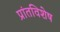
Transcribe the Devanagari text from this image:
प्रांतविशेष